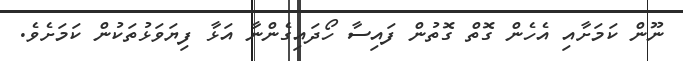
ނޫން ކަމަށާއި އެހެން ގޮތް ގޮތުން ފައިސާ ހޯދައިގެންނާ އަޅާ ފިޔަވަޅުތަކުން ކަމަށެވެ.